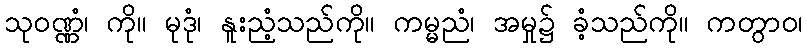
သုဝဏ္ဏံ၊ ကို။ မုဒုံ၊ နူးညံ့သည်ကို။ ကမ္မညံ၊ အမှု၌ ခံ့သည်ကို။ ကတွာဝ၊